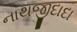
નાથજીદાદા